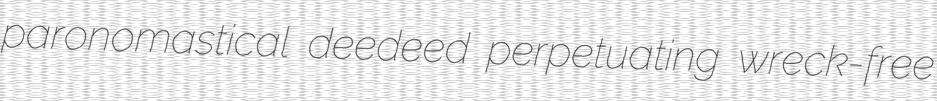
paronomastical deedeed perpetuating wreck-free